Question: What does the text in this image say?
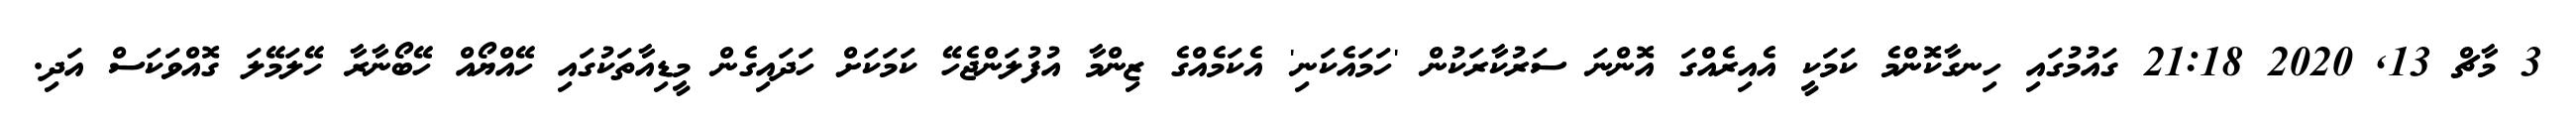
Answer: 3 މާޗް 13, 2020 21:18 ގައުމުގައި ހިނގާކޮންމެ ކަމަކީ އެއިރެއްގަ އޮންނަ ސަރުކާރަކުން 'ހަމައެކަނި' އެކަމެއްގެ ޒިންމާ އުފުލަންޖެހޭ ކަމަކަށް ހަދައިގެން މީޑިއާތަކުގައި ހޭއްޔޯއް ހޭބޯނާރާ ހޭލަމޭލަ ގޮއްވަކަސް އަދި.